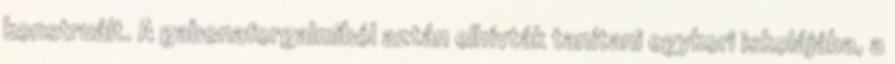
konstruált. A gabonaforgalmiból aztán elhívták tanítani egykori iskolájába, a